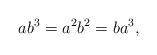
LaTeX: \begin{align*}ab^3=a^2 b^2=ba^3,\end{align*}